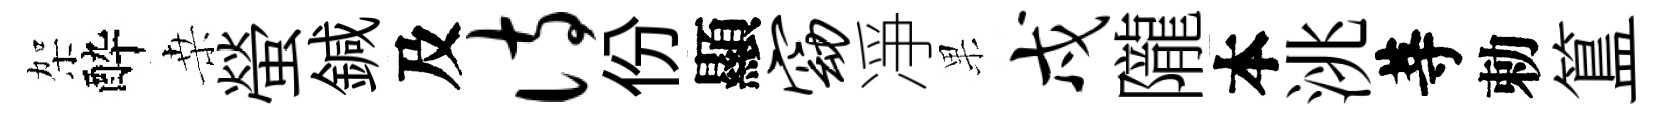
架酔桒螢鍼及诗份顯窈凈果戍隴本洮䓁勅簋